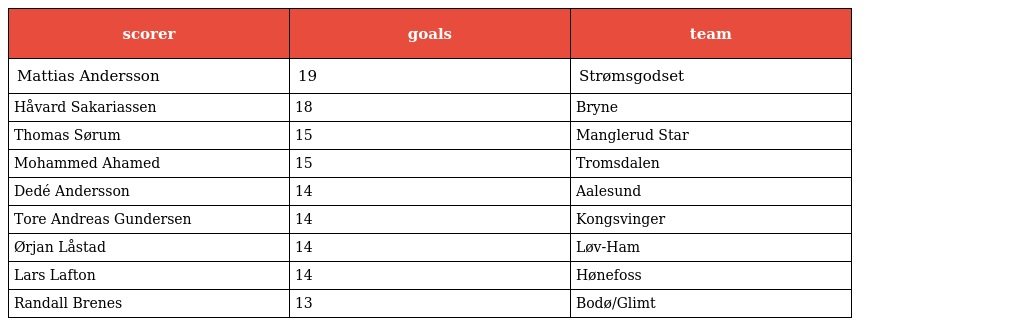
| scorer | goals | team |
 | --- | --- | --- |
 | Mattias Andersson | 19 | Strømsgodset |
 | Håvard Sakariassen | 18 | Bryne |
 | Thomas Sørum | 15 | Manglerud Star |
 | Mohammed Ahamed | 15 | Tromsdalen |
 | Dedé Andersson | 14 | Aalesund |
 | Tore Andreas Gundersen | 14 | Kongsvinger |
 | Ørjan Låstad | 14 | Løv-Ham |
 | Lars Lafton | 14 | Hønefoss |
 | Randall Brenes | 13 | Bodø/Glimt |